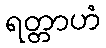
ရတ္တာဟံ